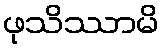
ဖုသိဿာမိ